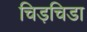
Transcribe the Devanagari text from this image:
चिड़चिडा